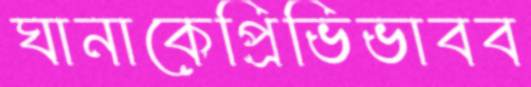
ঘানাকেপ্রিভিভাবব